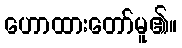
ဟောထားတော်မူ၏။